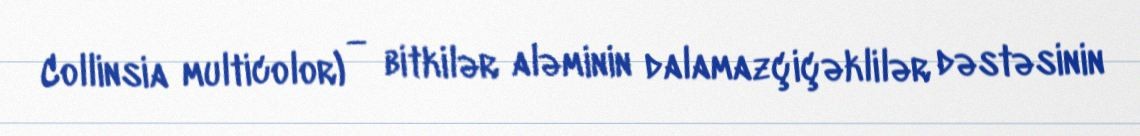
Collinsia multicolor) — bitkilər aləminin dalamazçiçəklilər dəstəsinin